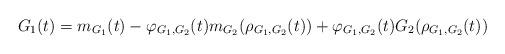
LaTeX: \begin{align*}G_1(t)=m_{G_1}(t)-\varphi_{G_1,G_2}(t)m_{G_2}(\rho_{G_1,G_2}(t))+\varphi_{G_1,G_2}(t)G_2(\rho_{G_1,G_2}(t))\end{align*}